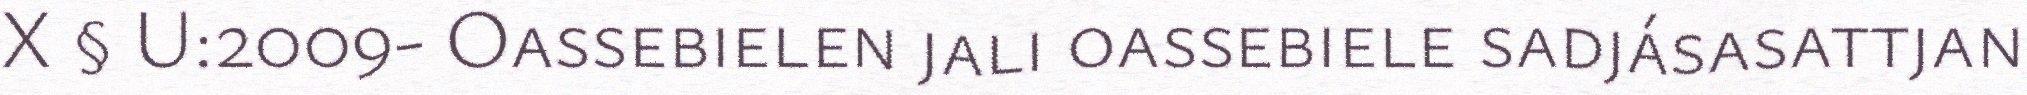
X § U:2009- Oassebielen jali oassebiele sadjásasattjan